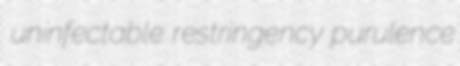
uninfectable restringency purulence